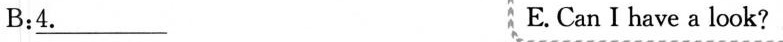
B:\underline{4.} E. Can I have a look?